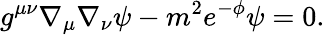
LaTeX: g^{\mu\nu}\nabla_{\mu}\nabla_{\nu}\psi-m^{2}e^{-\phi}\psi=0.